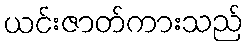
ယင်းဇာတ်ကားသည်